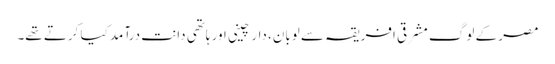
مصر کے لوگ مشرقی افریقہ سے لوبان، دار چینی اور ہاتھی دانت درآمد کیا کرتے تھے۔